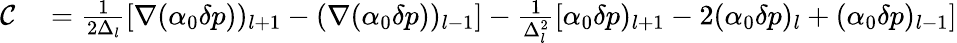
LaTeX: \begin{array}{rl}{\mathcal{C}}&{{}=\frac{1}{2\Delta_{l}}[\nabla(\alpha_{0}\delta p))_{l+1}-(\nabla(\alpha_{0}\delta p))_{l-1}]-\frac{1}{\Delta_{l}^{2}}[\alpha_{0}\delta p)_{l+1}-2(\alpha_{0}\delta p)_{l}+(\alpha_{0}\delta p)_{l-1}]}\end{array}